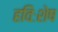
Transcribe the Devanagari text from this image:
हविःशेष